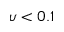
\upsilon < 0 . 1